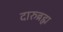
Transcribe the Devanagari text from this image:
दारुब्रह्म